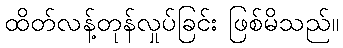
ထိတ်လန့်တုန်လှုပ်ခြင်း ဖြစ်မိသည်။